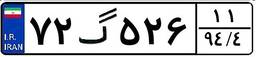
۰۰گ۷۱۴۶۴